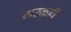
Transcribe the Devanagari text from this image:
मरकड़ी